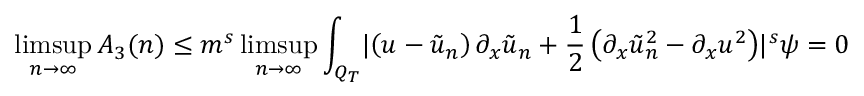
\operatorname* { l i m s u p } _ { n \rightarrow \infty } A _ { 3 } ( n ) \leq m ^ { s } \operatorname* { l i m s u p } _ { n \rightarrow \infty } \int _ { Q _ { T } } \lvert \left( u - \tilde { u } _ { n } \right) \partial _ { x } \tilde { u } _ { n } + \frac { 1 } { 2 } \left( \partial _ { x } \tilde { u } _ { n } ^ { 2 } - \partial _ { x } u ^ { 2 } \right) \rvert ^ { s } \psi = 0